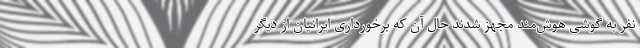
نفر به گوشی هوش‌مند مجهز شدند حال آن که برخورداری ایرانیان از دیگر